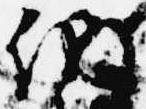
納